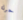
حرك